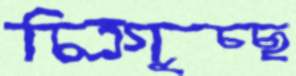
চিত্রগুচ্ছ